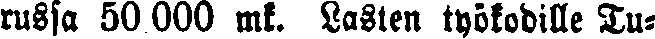
russa 50 000 mk. Lasten työkodille Tu-